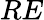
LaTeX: RE